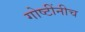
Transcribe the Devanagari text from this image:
गोष्टींनीच